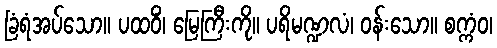
ခြံရံအပ်သော။ ပထဝိံ၊ မြေကြီးကို။ ပရိမဏ္ဍလံ၊ ဝန်းသော။ စက္ကံဝ၊